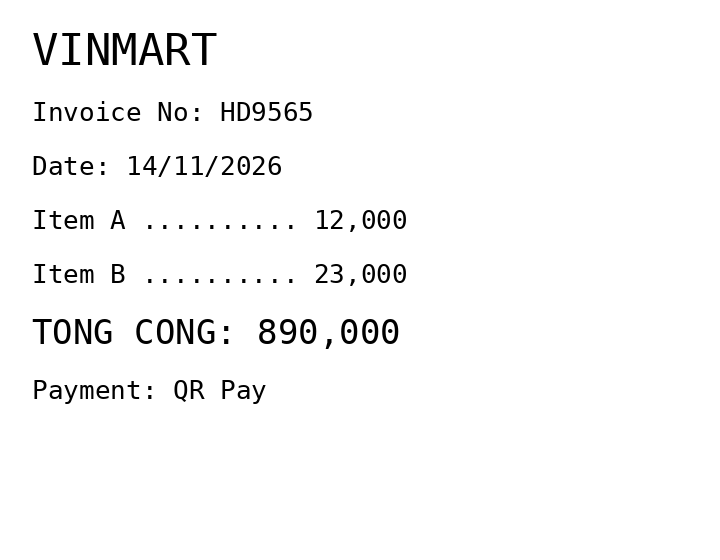
VINMART
Invoice No: HD9565
Date: 14/11/2026
Item A .......... 12,000
Item B .......... 23,000
TONG CONG: 890,000
Payment: QR Pay
Merchant: vinmart
Date: 2026-11-14
Total: 890000
Invoice No: HD9565
Payment method: QR